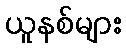
ယူနစ်များ